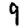
Digit: 9